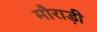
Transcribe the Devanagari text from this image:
मौराड़ी